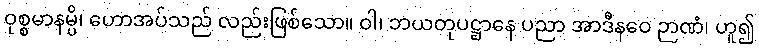
ဝုစ္စမာနမ္ပိ၊ ဟောအပ်သည် လည်းဖြစ်သော။ ဝါ၊ ဘယတုပဋ္ဌာနေ ပညာ အာဒီနဝေ ဉာဏံ၊ ဟူ၍